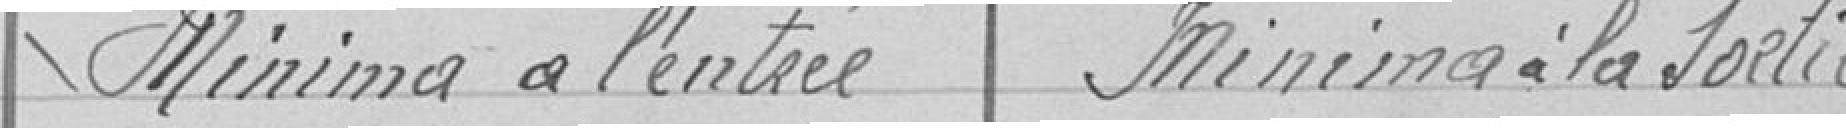
Minima à l'entrée Minima à la sortie